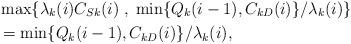
LaTeX: \begin{align*} & \max\{\lambda_k(i) C_{Sk}(i)\;,\;\min\{Q_k(i-1),C_{kD}(i)\}/\lambda_k(i)\}\\& = \min\{Q_k(i-1),C_{kD}(i)\}/\lambda_k(i), \end{align*}